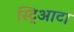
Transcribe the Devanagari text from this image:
स्ट्रिआटा